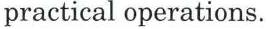
practical operations.